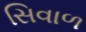
સિવાળ